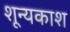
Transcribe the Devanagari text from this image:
शून्यकाश